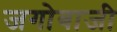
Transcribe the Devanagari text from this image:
जगोबाजी